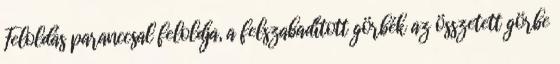
Feloldás paranccsal feloldja, a felszabadított görbék az összetett görbe